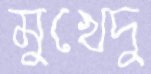
মুখেদু